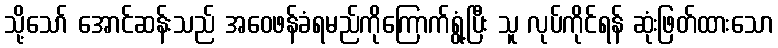
သို့သော် အောင်ဆန်းသည် အဝေဖန်ခံရမည်ကိုကြောက်ရွံ့ပြီး သူ လုပ်ကိုင်ရန် ဆုံးဖြတ်ထားသော